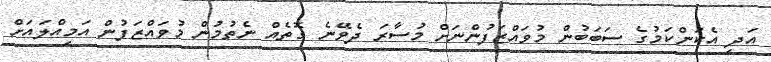
އަދި އެކަންކަމުގެ ސަބަބުން މުވައްޒަފުންނަށް މުސާރަ ދެވޭނެ ގޮތެއް ނެތުމުން މުވައްޒަފުން އަމިއްލައަށް